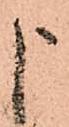
申